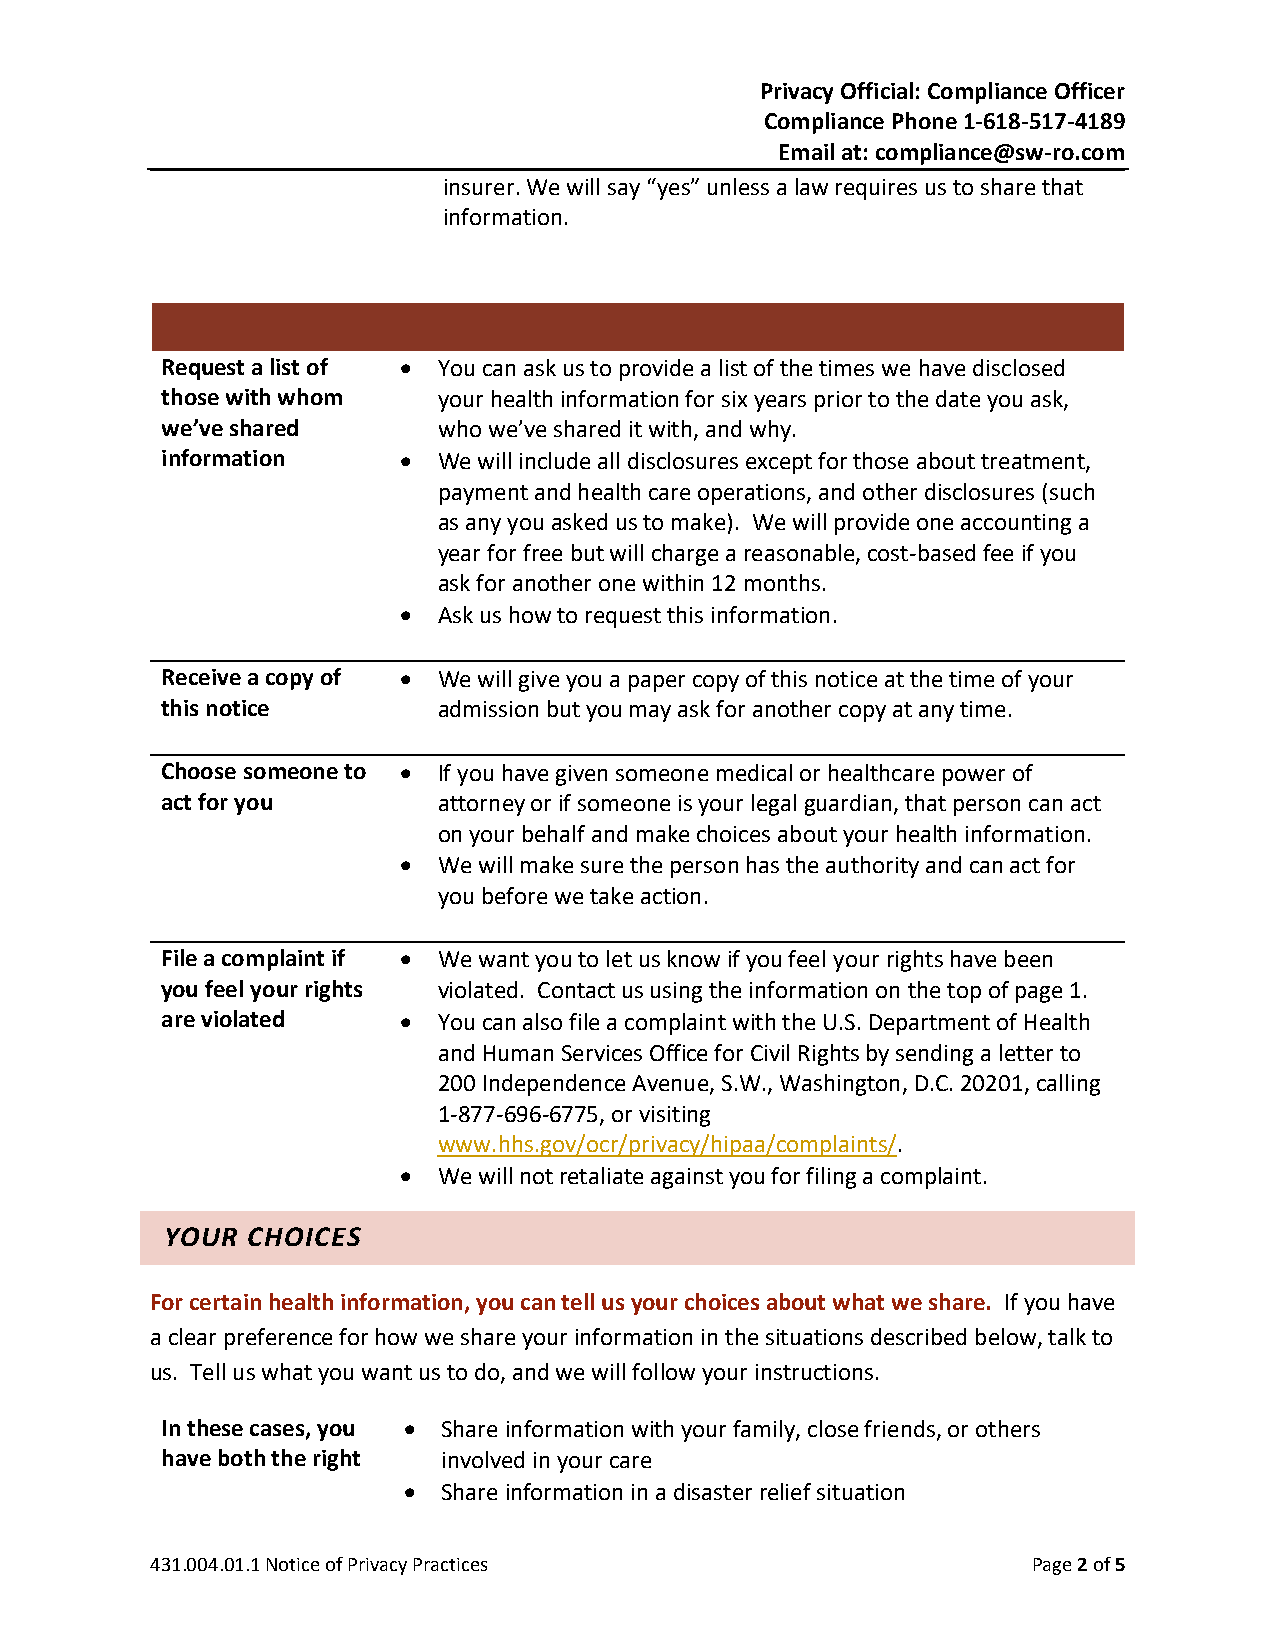
Privacy Official: Compliance Officer
 Compliance Phone 1-618-517-4189
 Email at: compliance@sw-ro.com
 insurer. We will say “yes” unless a law requires us to share that
 information.
 Request a list of • You can ask us to provide a list of the times we have disclosed
 those with whom   your health information for six years prior to the date you ask,
 we’ve shared      who we’ve shared it with, and why.
 information    •  We will include all disclosures except for those about treatment,
 payment and health care operations, and other disclosures (such
 as any you asked us to make). We will provide one accounting a
 year for free but will charge a reasonable, cost-based fee if you
 ask for another one within 12 months.
 •  Ask us how to request this information.
 Receive a copy of • We will give you a paper copy of this notice at the time of your
 this notice       admission but you may ask for another copy at any time.
 Choose someone to • If you have given someone medical or healthcare power of
 act for you       attorney or if someone is your legal guardian, that person can act
 on your behalf and make choices about your health information.
 •  We will make sure the person has the authority and can act for
 you before we take action.
 File a complaint if • We want you to let us know if you feel your rights have been
 you feel your rights violated. Contact us using the information on the top of page 1.
 are violated   •  You can also file a complaint with the U.S. Department of Health
 and Human Services Office for Civil Rights by sending a letter to
 200 Independence Avenue, S.W., Washington, D.C. 20201, calling
 1-877-696-6775, or visiting
 www.hhs.gov/ocr/privacy/hipaa/complaints/.
 •  We will not retaliate against you for filing a complaint.
 YOUR CHOICES
 For certain health information, you can tell us your choices about what we share. If you have
 a clear preference for how we share your information in the situations described below, talk to
 us. Tell us what you want us to do, and we will follow your instructions.
 In these cases, you • Share information with your family, close friends, or others
 have both the right involved in your care
 • Share information in a disaster relief situation
 431.004.01.1 Notice of Privacy Practices                  Page 2 of 5